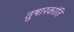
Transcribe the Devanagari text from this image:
तुषारकांति